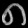
Digit: ၈